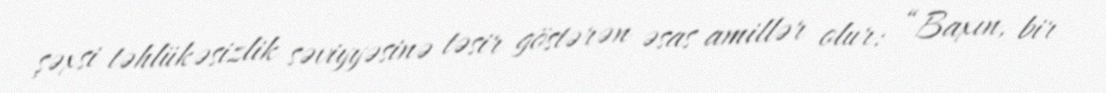
şəxsi təhlükəsizlik səviyyəsinə təsir göstərən əsas amillər olur: “Baxın, bir